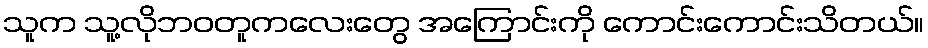
သူက သူ့လိုဘဝတူကလေးတွေ အကြောင်းကို ကောင်းကောင်းသိတယ်။